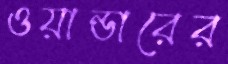
ওয়ান্ডারের